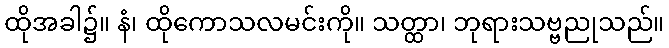
ထိုအခါ၌။ နံ၊ ထိုကောသလမင်းကို။ သတ္ထာ၊ ဘုရားသဗ္ဗညုသည်။